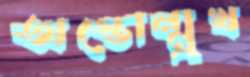
অস্তোন্মুখ